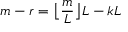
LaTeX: m - r = { \bigl \lfloor } { \frac { m } { L } } { \bigr \rfloor } L - k L